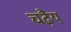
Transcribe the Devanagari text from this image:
चढ़ैय